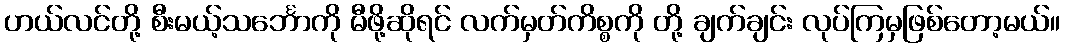
ဟယ်လင်တို့ စီးမယ့်သင်္ဘောကို မီဖို့ဆိုရင် လက်မှတ်ကိစ္စကို တို့ ချက်ချင်း လုပ်ကြမှဖြစ်တော့မယ်။